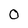
Character: 0